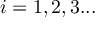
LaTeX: i = 1 , 2 , 3 . . .